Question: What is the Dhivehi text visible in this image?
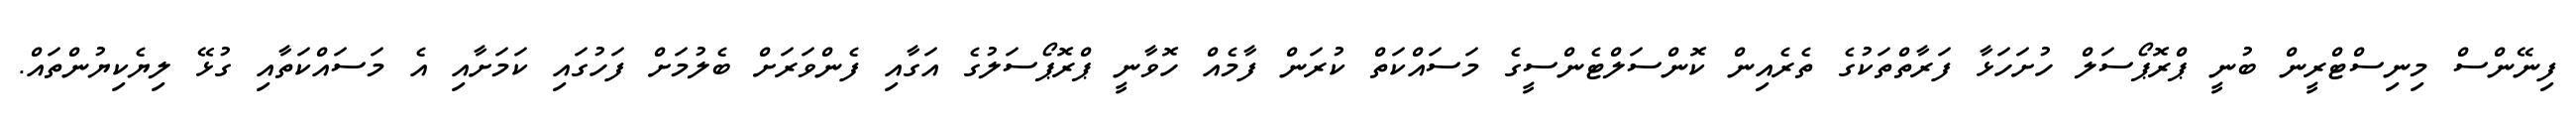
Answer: ފިނޭންސް މިނިސްޓްރީން ބުނީ ޕްރޮޕޯސަލް ހުށަހަޅާ ފަރާތްތަކުގެ ތެރެއިން ކޮންސަލްޓެންސީގެ މަސައްކަތް ކުރަން ފާމެއް ހޮވާނީ ޕްރޮޕޯސަލުގެ އަގާއި ފެންވަރަށް ބެލުމަށް ފަހުގައި ކަމަށާއި އެ މަސައްކަތާއި ގުޅޭ ލިޔެކިޔުންތައް.